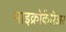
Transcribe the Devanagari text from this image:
माइक्रोकैरिअर